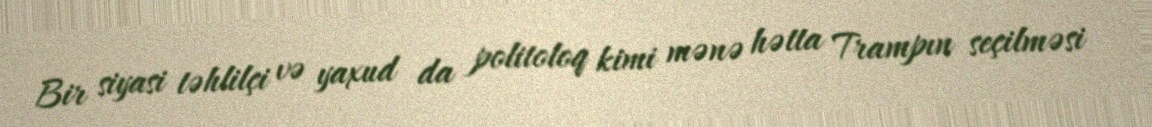
Bir siyasi təhlilçi və yaxud da politoloq kimi mənə hətta Trampın seçilməsi